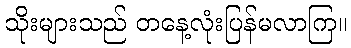
သိုးများသည် တနေ့လုံးပြန်မလာကြ။